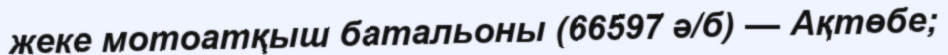
жеке мотоатқыш батальоны (66597 ә/б) — Ақтөбе;